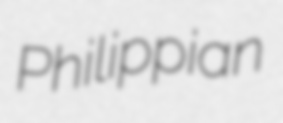
Philippian